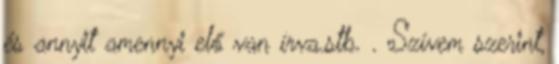
és annyit amennyi elő van írva.stb. . Szívem szerint,